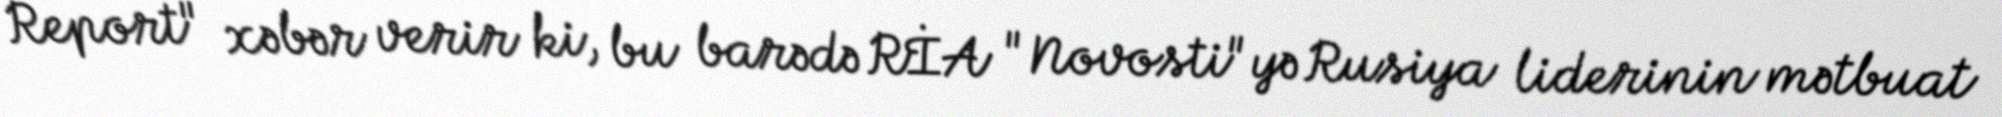
Report" xəbər verir ki, bu barədə RİA "Novosti"yə Rusiya liderinin mətbuat